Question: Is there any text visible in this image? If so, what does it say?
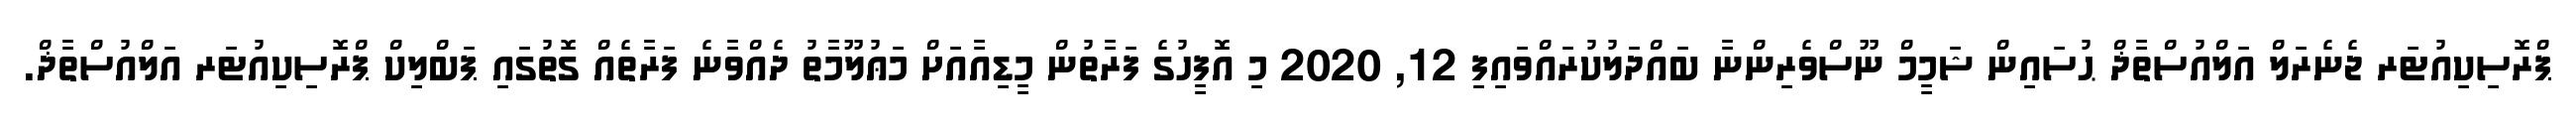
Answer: ޕްރޮސިކިއުޓަރ ޖެނެރަލް އަލްއުސްތާޛް ޙުސައިން ޝަމީމް ނޫސްވެރިންނާ ބައްދަލުކުރައްވައިފި 12, 2020 މި އޮފީހުގެ ފަރާތުން މީޑިއާއަށް މަޢުލޫމާތު ދެއްވާނެ ފަރާތެއް ގޮތުގައި ޕަބްލިކް ޕްރޮސިކިއުޓަރ އަލްއުސްތާޛް.